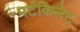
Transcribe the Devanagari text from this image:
पर्टकिलेट